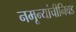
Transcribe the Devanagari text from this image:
नमून्यांचीनिवड